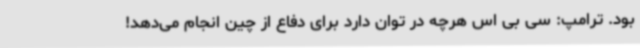
بود. ترامپ: سی بی اس هرچه در توان دارد برای دفاع از چین انجام می‌دهد!